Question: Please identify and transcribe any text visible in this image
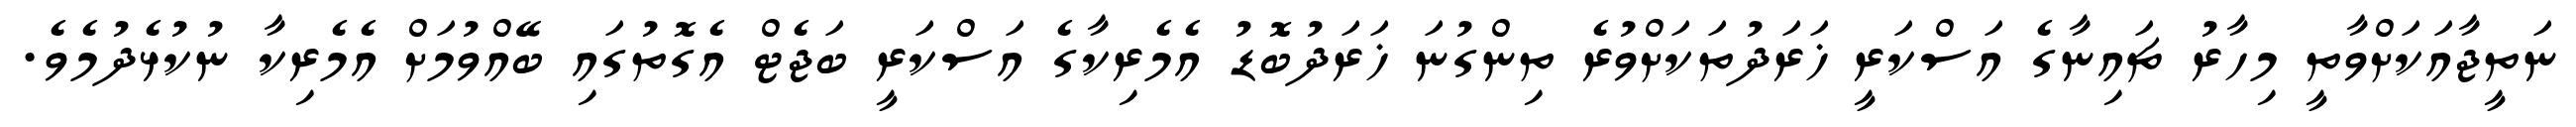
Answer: ނަތީޖާއަކަށްވާތީ މިހާރު ޗައިނާގެ އަސްކަރީ ޚަރަދުތަކަށްވުރެ ތިންގުނަ ޚަރަދުބޮޑު އެމެރިކާގެ އަސްކަރީ ބަޖެޓް އެގޮތުގައި ބޭއްވުމަށް އެމެރިކާ ނުކުޅެދުމެވެ.